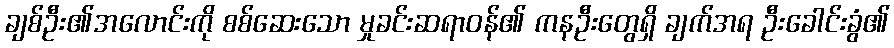
ချစ်ဦး၏အလောင်းကို စစ်ဆေးသော မှုခင်းဆရာဝန်၏ ကနဦးတွေရှိ ချက်အရ ဦးခေါင်းခွံ၏